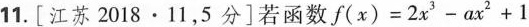
11.[江苏2018·11，5分]若函数$$f ( x ) = 2 x ^ { 3 } - a x ^ { 2 } + 1$$